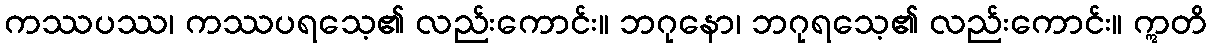
ကဿပဿ၊ ကဿပရသေ့၏ လည်းကောင်း။ ဘဂုနော၊ ဘဂုရသေ့၏ လည်းကောင်း။ ဣတိ